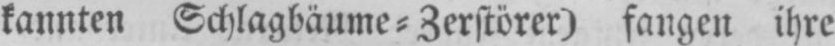
kannten Schlagbäume⸗Zerstörer) fangen ihre